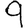
Digit: 9